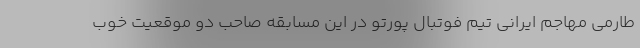
طارمی مهاجم ایرانی تیم فوتبال پورتو در این مسابقه صاحب دو موقعیت خوب